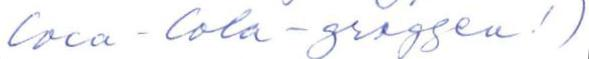
Coca - Cola -groggen!)